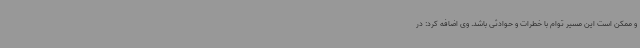
و ممکن است این مسیر توام با خطرات و حوادثی باشد. وی اضافه کرد: در